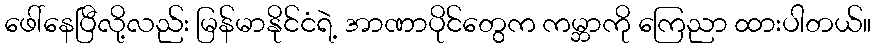
ဖေါ်နေပြီလို့လည်း မြန်မာနိုင်ငံရဲ့ အာဏာပိုင်တွေက ကမ္ဘာကို ကြေညာ ထားပါတယ်။